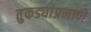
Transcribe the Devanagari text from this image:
तुकड्यांप्रमाणे